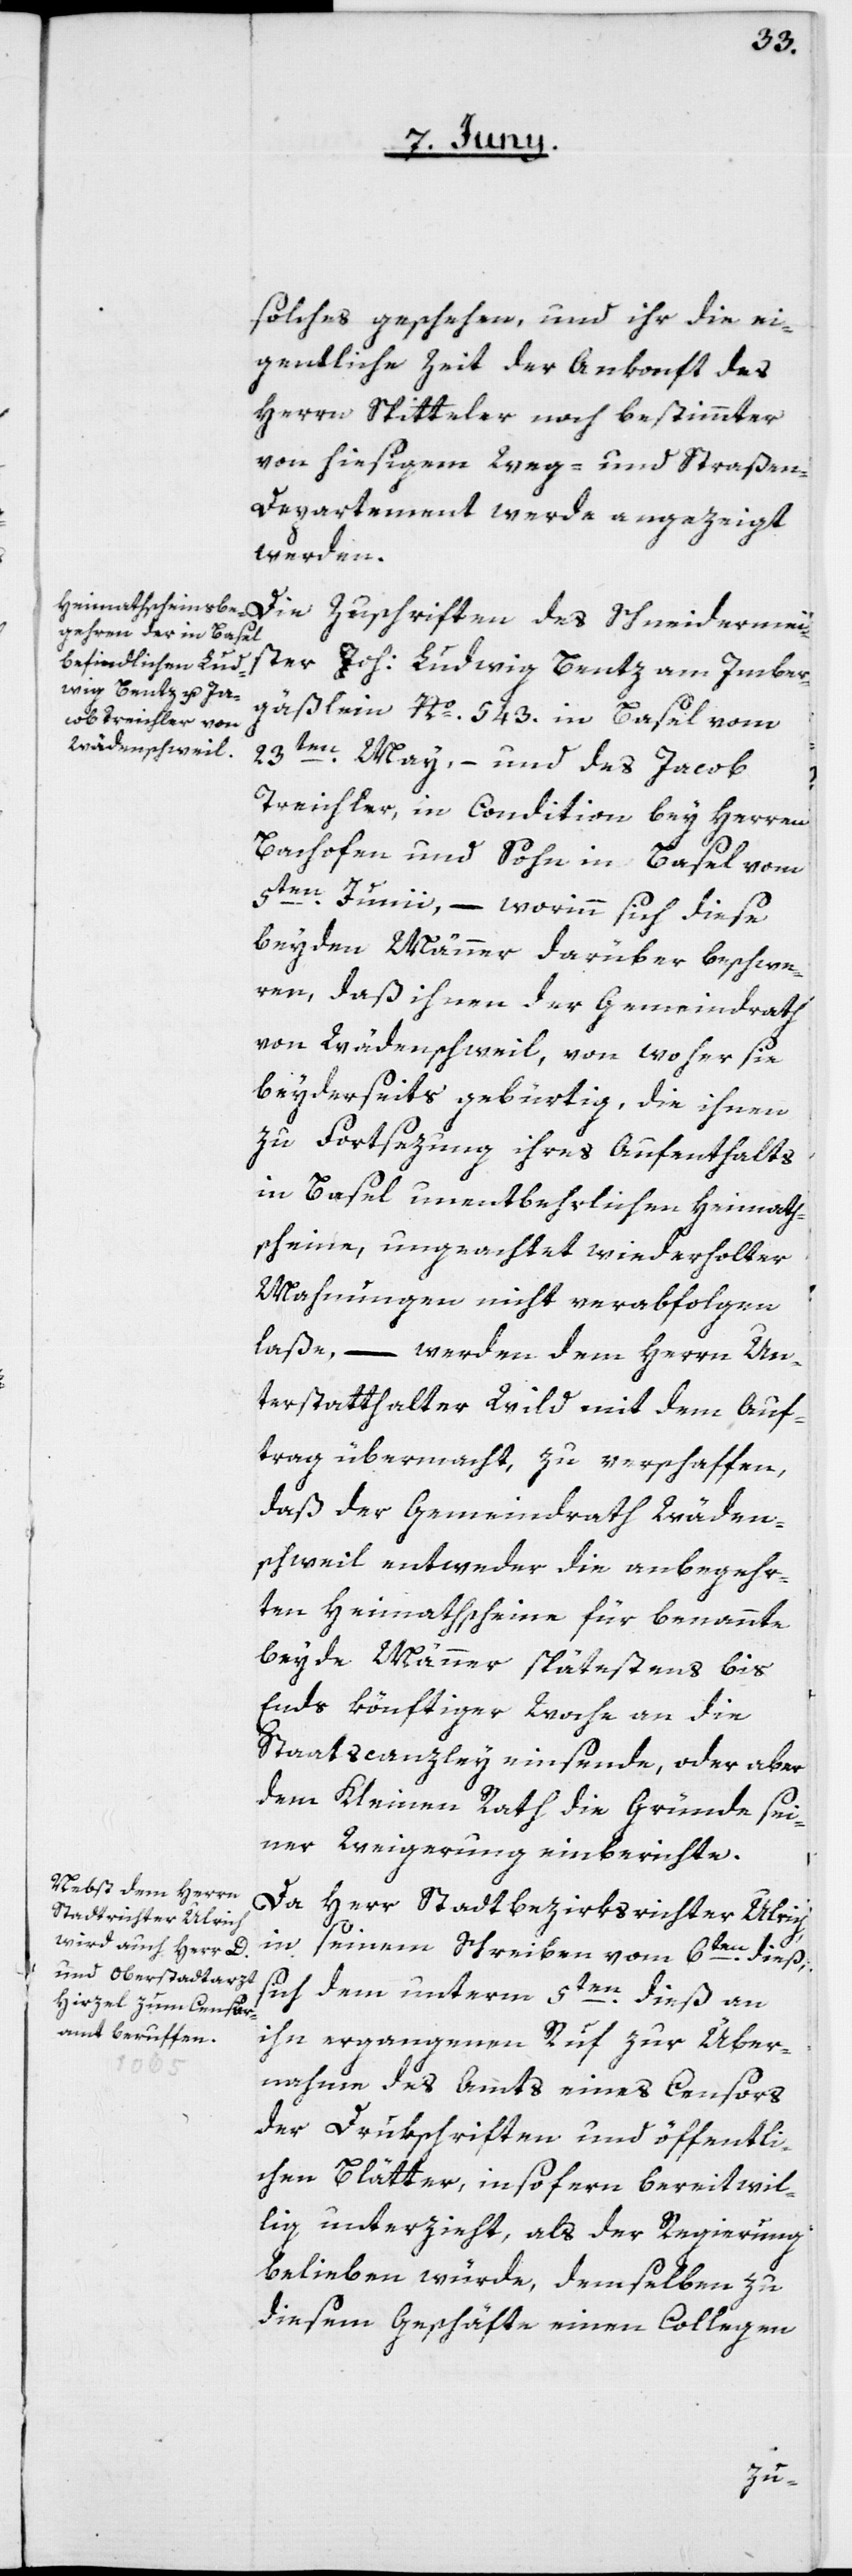
solches geschehen, und ihr die ei¬
gentliche Zeit der Ankonft des
Herrn Spitteler noch bestimmter
von hiesigem Weg- und Straße¬
n-Departement werde angezeigt
werden.
Die Zuschriften des Schneidermei¬
ster Joh: Ludwig Bentz am Imber¬
gäßlein Nº 543. in Basel vom
23ten May, – und des Jacob
Treichler, in Condition bey Herren
Bachofen und Sohn in Basel vom
5ten Junii, – worinn sich diese
beyden Männer darüber beschwe¬
ren, daß ihnen der Gemeindrath
von Wädenschweil, von woher sie
beyderseits gebürtig, die ihnen
zu Fortsezung ihres Aufenthalts
in Basel unentbehrlichen Heimath¬
scheine, ungeachtet wiederholter
Mahnungen, nicht verabfolgen
laße, – werden dem Herrn Un¬
terstatthalter Wild mit dem Auf¬
trag übermacht, zu verschaffen,
daß der Gemeindrath Wäden¬
schweil entweder die anbegehr¬
ten Heimathscheine für benannte
beyde Männer spätestens bis
Ende könftiger Woche an die
Staatscanzley einsende, oder aber
dem Kleinen Rath die Gründe sei¬
ner Weigerung einberichte.
Da Herr Stadtbezirksrichter Ulrich
in seinem Schreiben vom 6ten dieß,
sich dem unterm 5ten dieß an
ihn ergangenen Ruf zur Über¬
nahme des Amts eines Censors
der Drukschriften und öffentli¬
chen Blätter, insofern bereitwil¬
lig unterzieht, als der Regierung
belieben würde, demselben zu
diesem Geschäfte einen Collegen